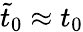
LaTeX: \tilde{t}_{0}\approx t_{0}